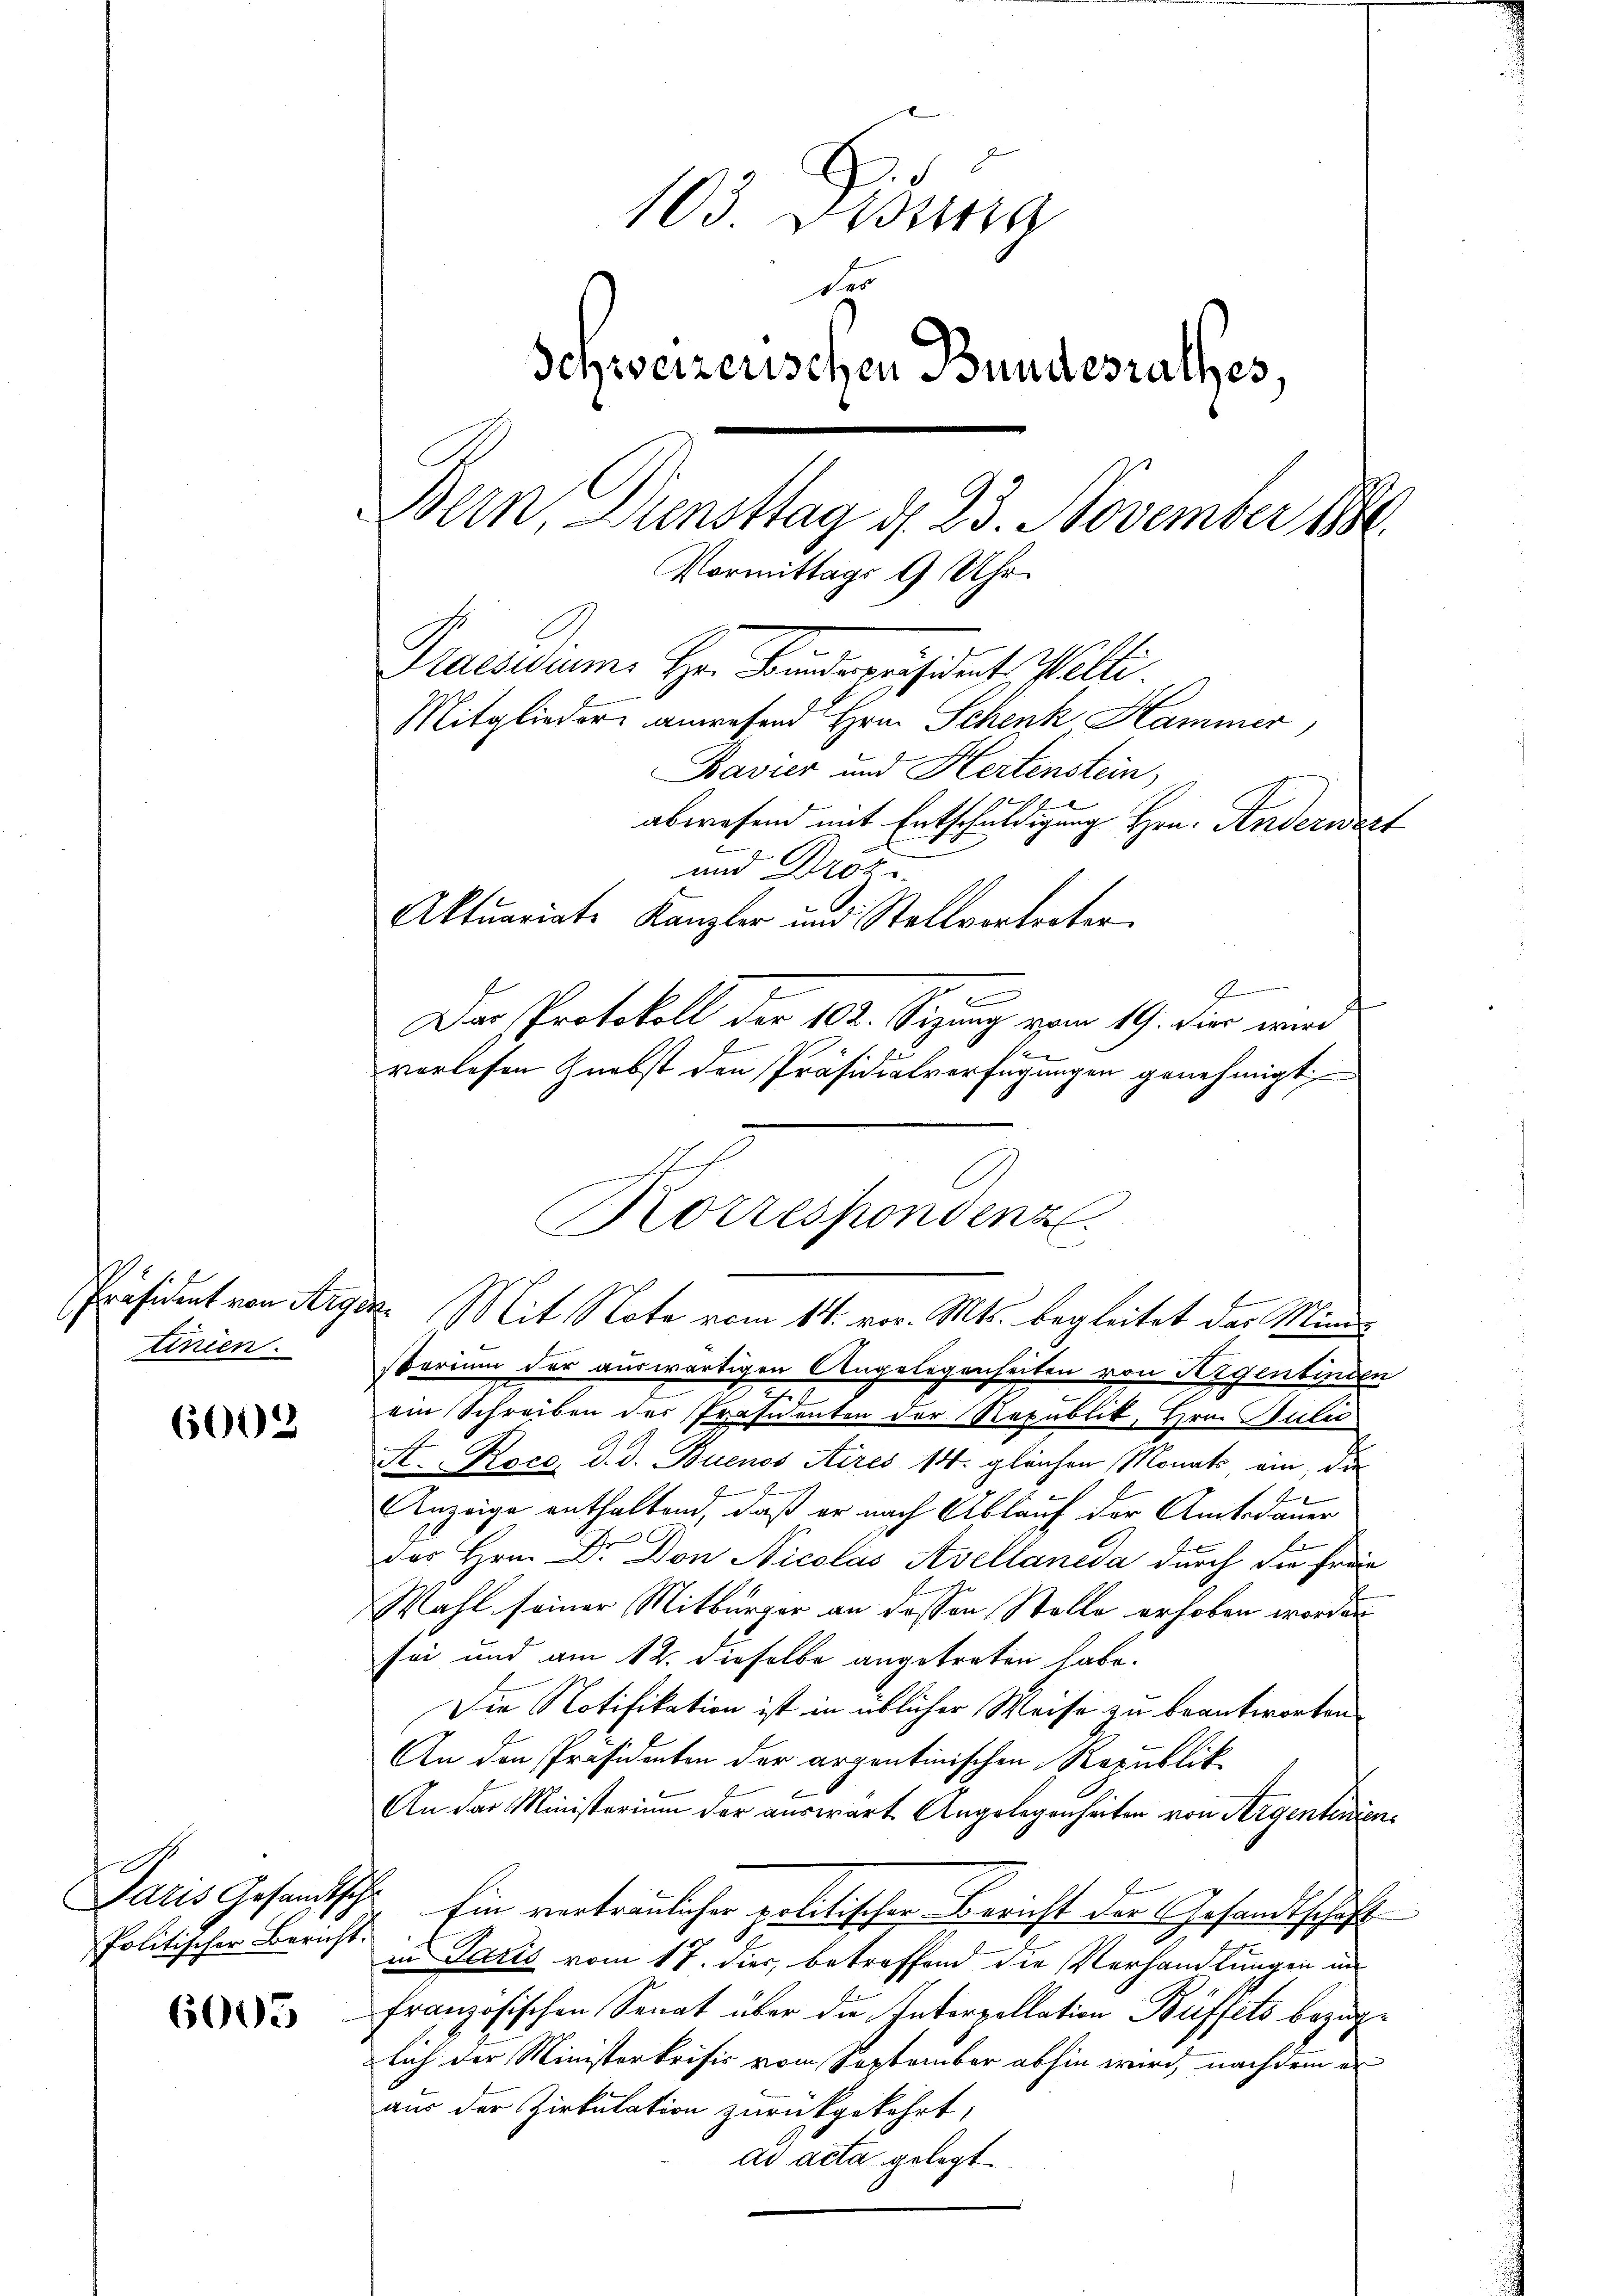
tinien.

6002

Politischer Bericht.

6005

103. Didung
des
Schweizerischen Bundesrathes,
Bern, Diensttag d. 23. November 1884.
Vormittags 9 Uhr.
Taesiduums Hr. Bundepräsident. Welti.
Mitglieder anwesend Hrn. Schenk Hammer,
Bavier und Hertenstein,
t
abwesend mit Entschuldigung Hrn. Anderwert
2
und Droz.
Aktuariate Kanzler und Stellvertreter

B
e
e
Präsident von Arger Mit Note vom 14. vor. Mts. begleitet das Ministorium der auswärtigen Angelegenheiten von Segenbinden
ein Schreiben der Präsidenten der Republik, Hrn. Suler
St. Roco, d. d. Buenos Aires 14. gleichen Monats ein, die
E
Anzeige enthaltend, daß er nach Ablauf der Amtsdauer
des Hrn. Dr. Don Nicolas Avellanida durch die Freie
Wahl seiner Mitbürger an dessen Stelle erhoben worden
sei und am 12. dieselbe angetreten habe.
Die Notifikation ist in üblicher Weise zu beantworten
An den Präsidenten der argentinischen Republik
An der Ministerium der auswart Angelegenheiten von Argentenden
Paris Gesandtsche Ein vertraulicher politischer Bericht der Gesandtschaft
in Paris vom 17. dies, betreffend die Verhandlungen in
französischen Senat über die Interpellation Büffets bezüglach der Ministerkrisis vom September abhin wird, nach dem er
aus der Zirkulation zurückgekehrt,
ad acta gelegt.

Das Protokoll der 102. Sizung vom 19. hier wird
vorlesen nebst den Präsidialverfügungen genehmigt.

Korrespondenz.